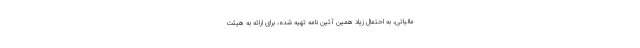
مالیاتی، به احتمال زیاد همین آئین نامه تهیه شده، برای ارائه به هیئت